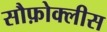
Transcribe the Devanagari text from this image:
सौफ़ोक्लीस